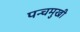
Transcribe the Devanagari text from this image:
पन्चमुखी